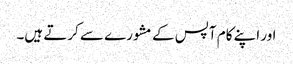
اور اپنے کام آپس کے مشورے سے کرتے ہیں۔